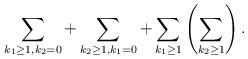
LaTeX: \begin{align*}\sum_{k_{1}\geq 1, k_{2}=0}+ \sum_{k_{2}\geq 1, k_{1}=0}+\sum_{k_{1}\geq 1}\left( \sum_{k_{2}\geq 1}\right) .\end{align*}